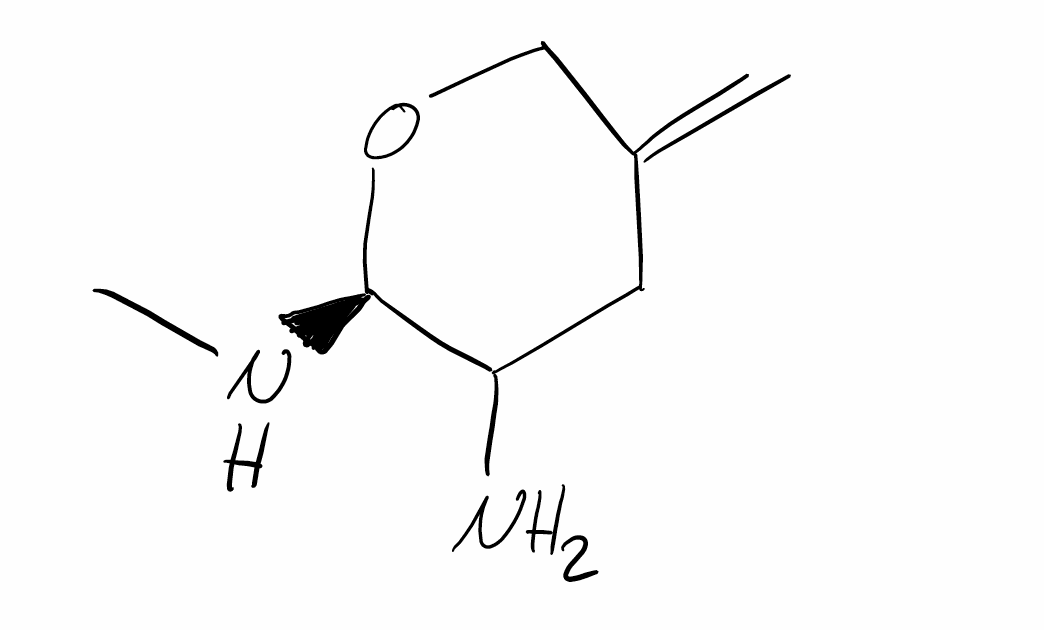
Simplified molecular-input line-entry system (SMILES) notation of the given molecule:
CN[C@@H]1C(CC(=C)CO1)N